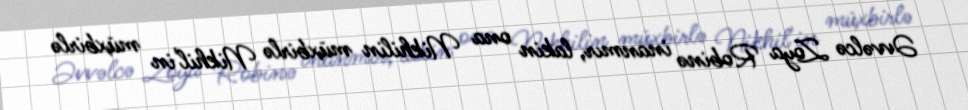
Əvvəlcə Zoya Robinə inanmır, lakin ona Nikhilin müxbirlə Nikhil'in müxbirlə